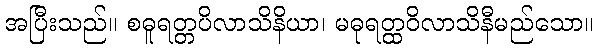
အပြီးသည်။ စဓူရတ္တပိလာသိနိယာ၊ မဓုရတ္ထဝိလာသိနီမည်သော။